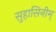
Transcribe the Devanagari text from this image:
सुहासिनीम्